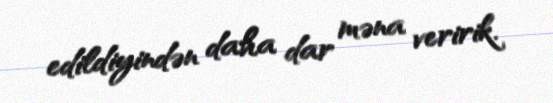
edildiyindən daha dar məna veririk.